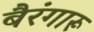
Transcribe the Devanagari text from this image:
बैरंगारू